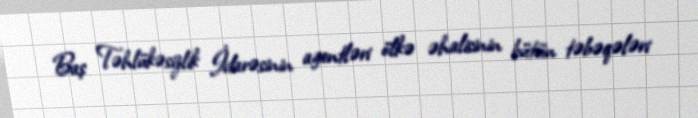
Baş Təhlükəsizlik İdarəsinin agentləri ölkə əhalisinin bütün təbəqələri